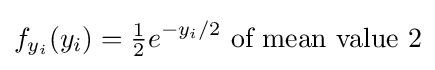
f_{y_{i}}(y_{i})={\tfrac {1}{2}}e^{-y_{i}/2}{\text{ of mean value }}2